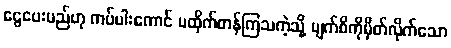
ငွေပေးမည်ဟု ကပ်ပါးကောင် မထိုက်တန်ကြသကဲ့သို့ မျက်စိကိုမှိတ်လိုက်သော